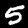
Digit: 5